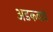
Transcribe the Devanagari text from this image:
अडकवावे